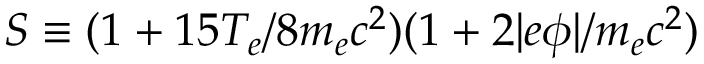
S \equiv ( 1 + 1 5 T _ { e } / 8 m _ { e } c ^ { 2 } ) ( 1 + 2 | e \phi | / m _ { e } c ^ { 2 } )